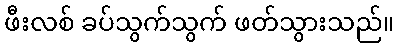
ဖီးလစ် ခပ်သွက်သွက် ဖတ်သွားသည်။